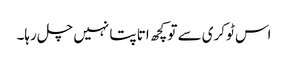
اس ٹوکری سے تو کچھ اتا پتا نہیں چل رہا۔